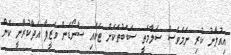
އިއުލާނު ކުރި ނަމަވެސް ސަލާމަތީ ސަބަބުތަކަށް ޓަކައި ސްނޯޑަން ވަޒީފާ އަދާކުރާނީ ކޮން